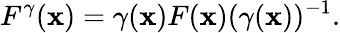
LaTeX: F^{\gamma}(\mathbf{x})=\gamma(\mathbf{x})F(\mathbf{x})(\gamma(\mathbf{x}))^{-1}.